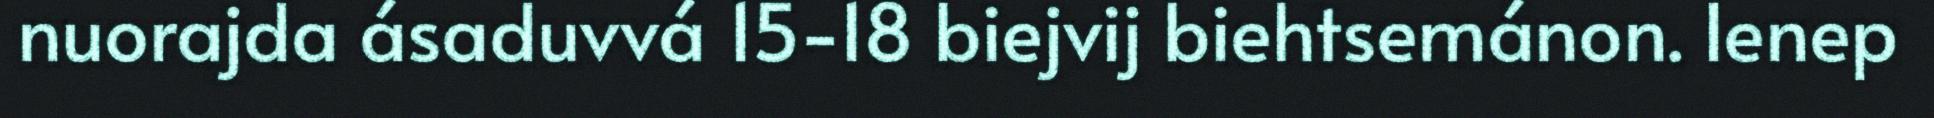
nuorajda ásaduvvá 15-18 biejvij biehtsemánon. Ienep